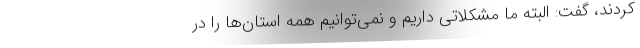
کردند، گفت: البته ما مشکلاتی داریم و نمی‌توانیم همه استان‌ها را در